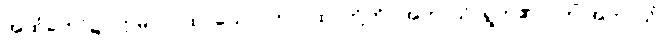
အထံတော်၌။ ဣမာ ဂါထာယော၊ ဤဂါထာတို့ကို။ အဘာသိ၊ ရွတ်၏။ (ကိံ အဘာသိ၊